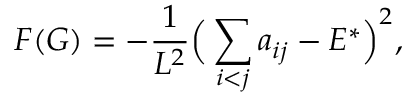
F ( G ) = - \frac { 1 } { L ^ { 2 } } \Big ( \sum _ { i < j } a _ { i j } - E ^ { * } \Big ) ^ { 2 } ,